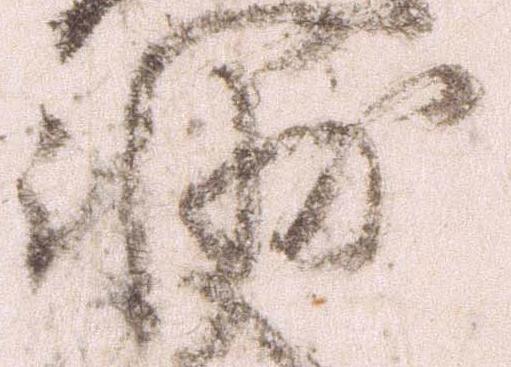
輔